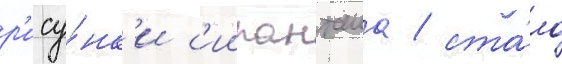
р'ису́нк'и с'иипанташа / ста́ло